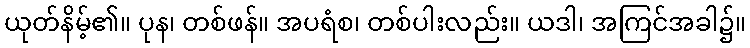
ယုတ်နိမ့်၏။ ပုန၊ တစ်ဖန်။ အပရံစ၊ တစ်ပါးလည်း။ ယဒါ၊ အကြင်အခါ၌။